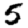
Digit: 5